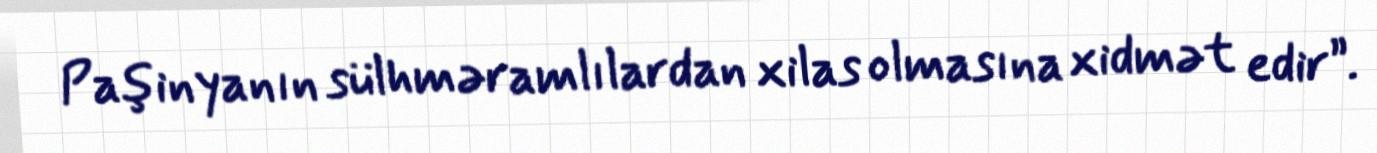
Paşinyanın sülhməramlılardan xilas olmasına xidmət edir”.